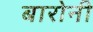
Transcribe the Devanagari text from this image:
बारोनी